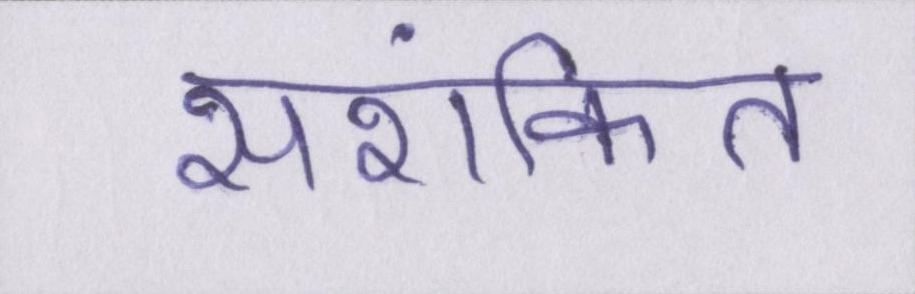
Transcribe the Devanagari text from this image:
सशंकित